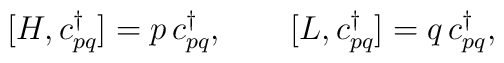
[H,c^{\dagger}_{pq}]=p\,c^{\dagger}_{pq}, \qquad[L,c^{\dagger}_{pq}]=q\,c^{\dagger}_{pq},